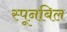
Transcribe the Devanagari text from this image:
स्पूनबिल